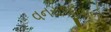
વનરાજીવાળો